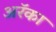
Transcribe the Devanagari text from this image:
अरॅका